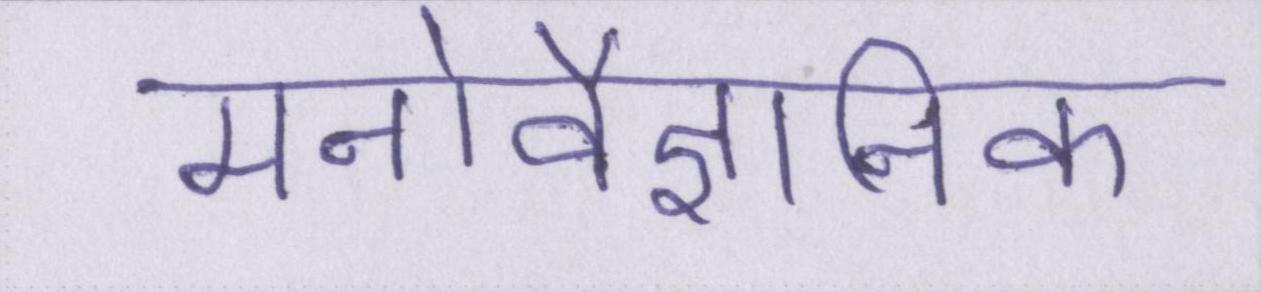
मनोवैज्ञानिक